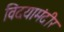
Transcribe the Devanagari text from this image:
विदयामंदीर